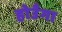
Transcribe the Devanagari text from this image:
होउँगा